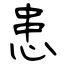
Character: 患